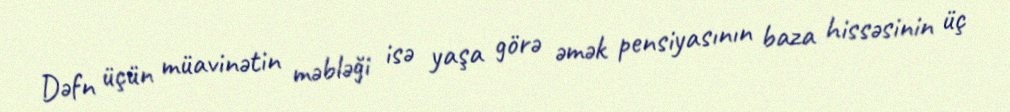
Dəfn üçün müavinətin məbləği isə yaşa görə əmək pensiyasının baza hissəsinin üç